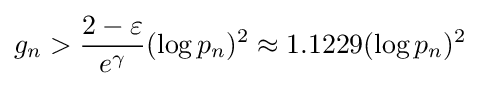
g_{n}>{\frac {2-\varepsilon }{e^{\gamma }}}(\log p_{n})^{2}\approx 1.1229(\log p_{n})^{2}